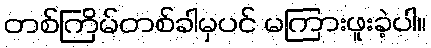
တစ်ကြိမ်တစ်ခါမှပင် မကြားဖူးခဲ့ပါ။